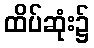
ထိပ်ဆုံး၌